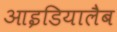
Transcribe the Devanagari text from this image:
आइडियालैब